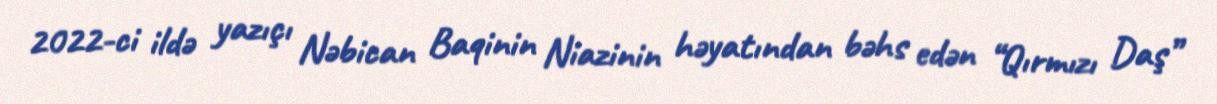
2022-ci ildə yazıçı Nəbican Baqinin Niazinin həyatından bəhs edən “Qırmızı Daş”